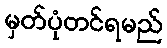
မှတ်ပုံတင်ရမည်